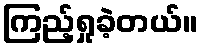
ကြည့်ရှုခဲ့တယ်။